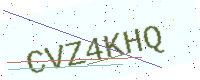
Text: CVZ4KHQ